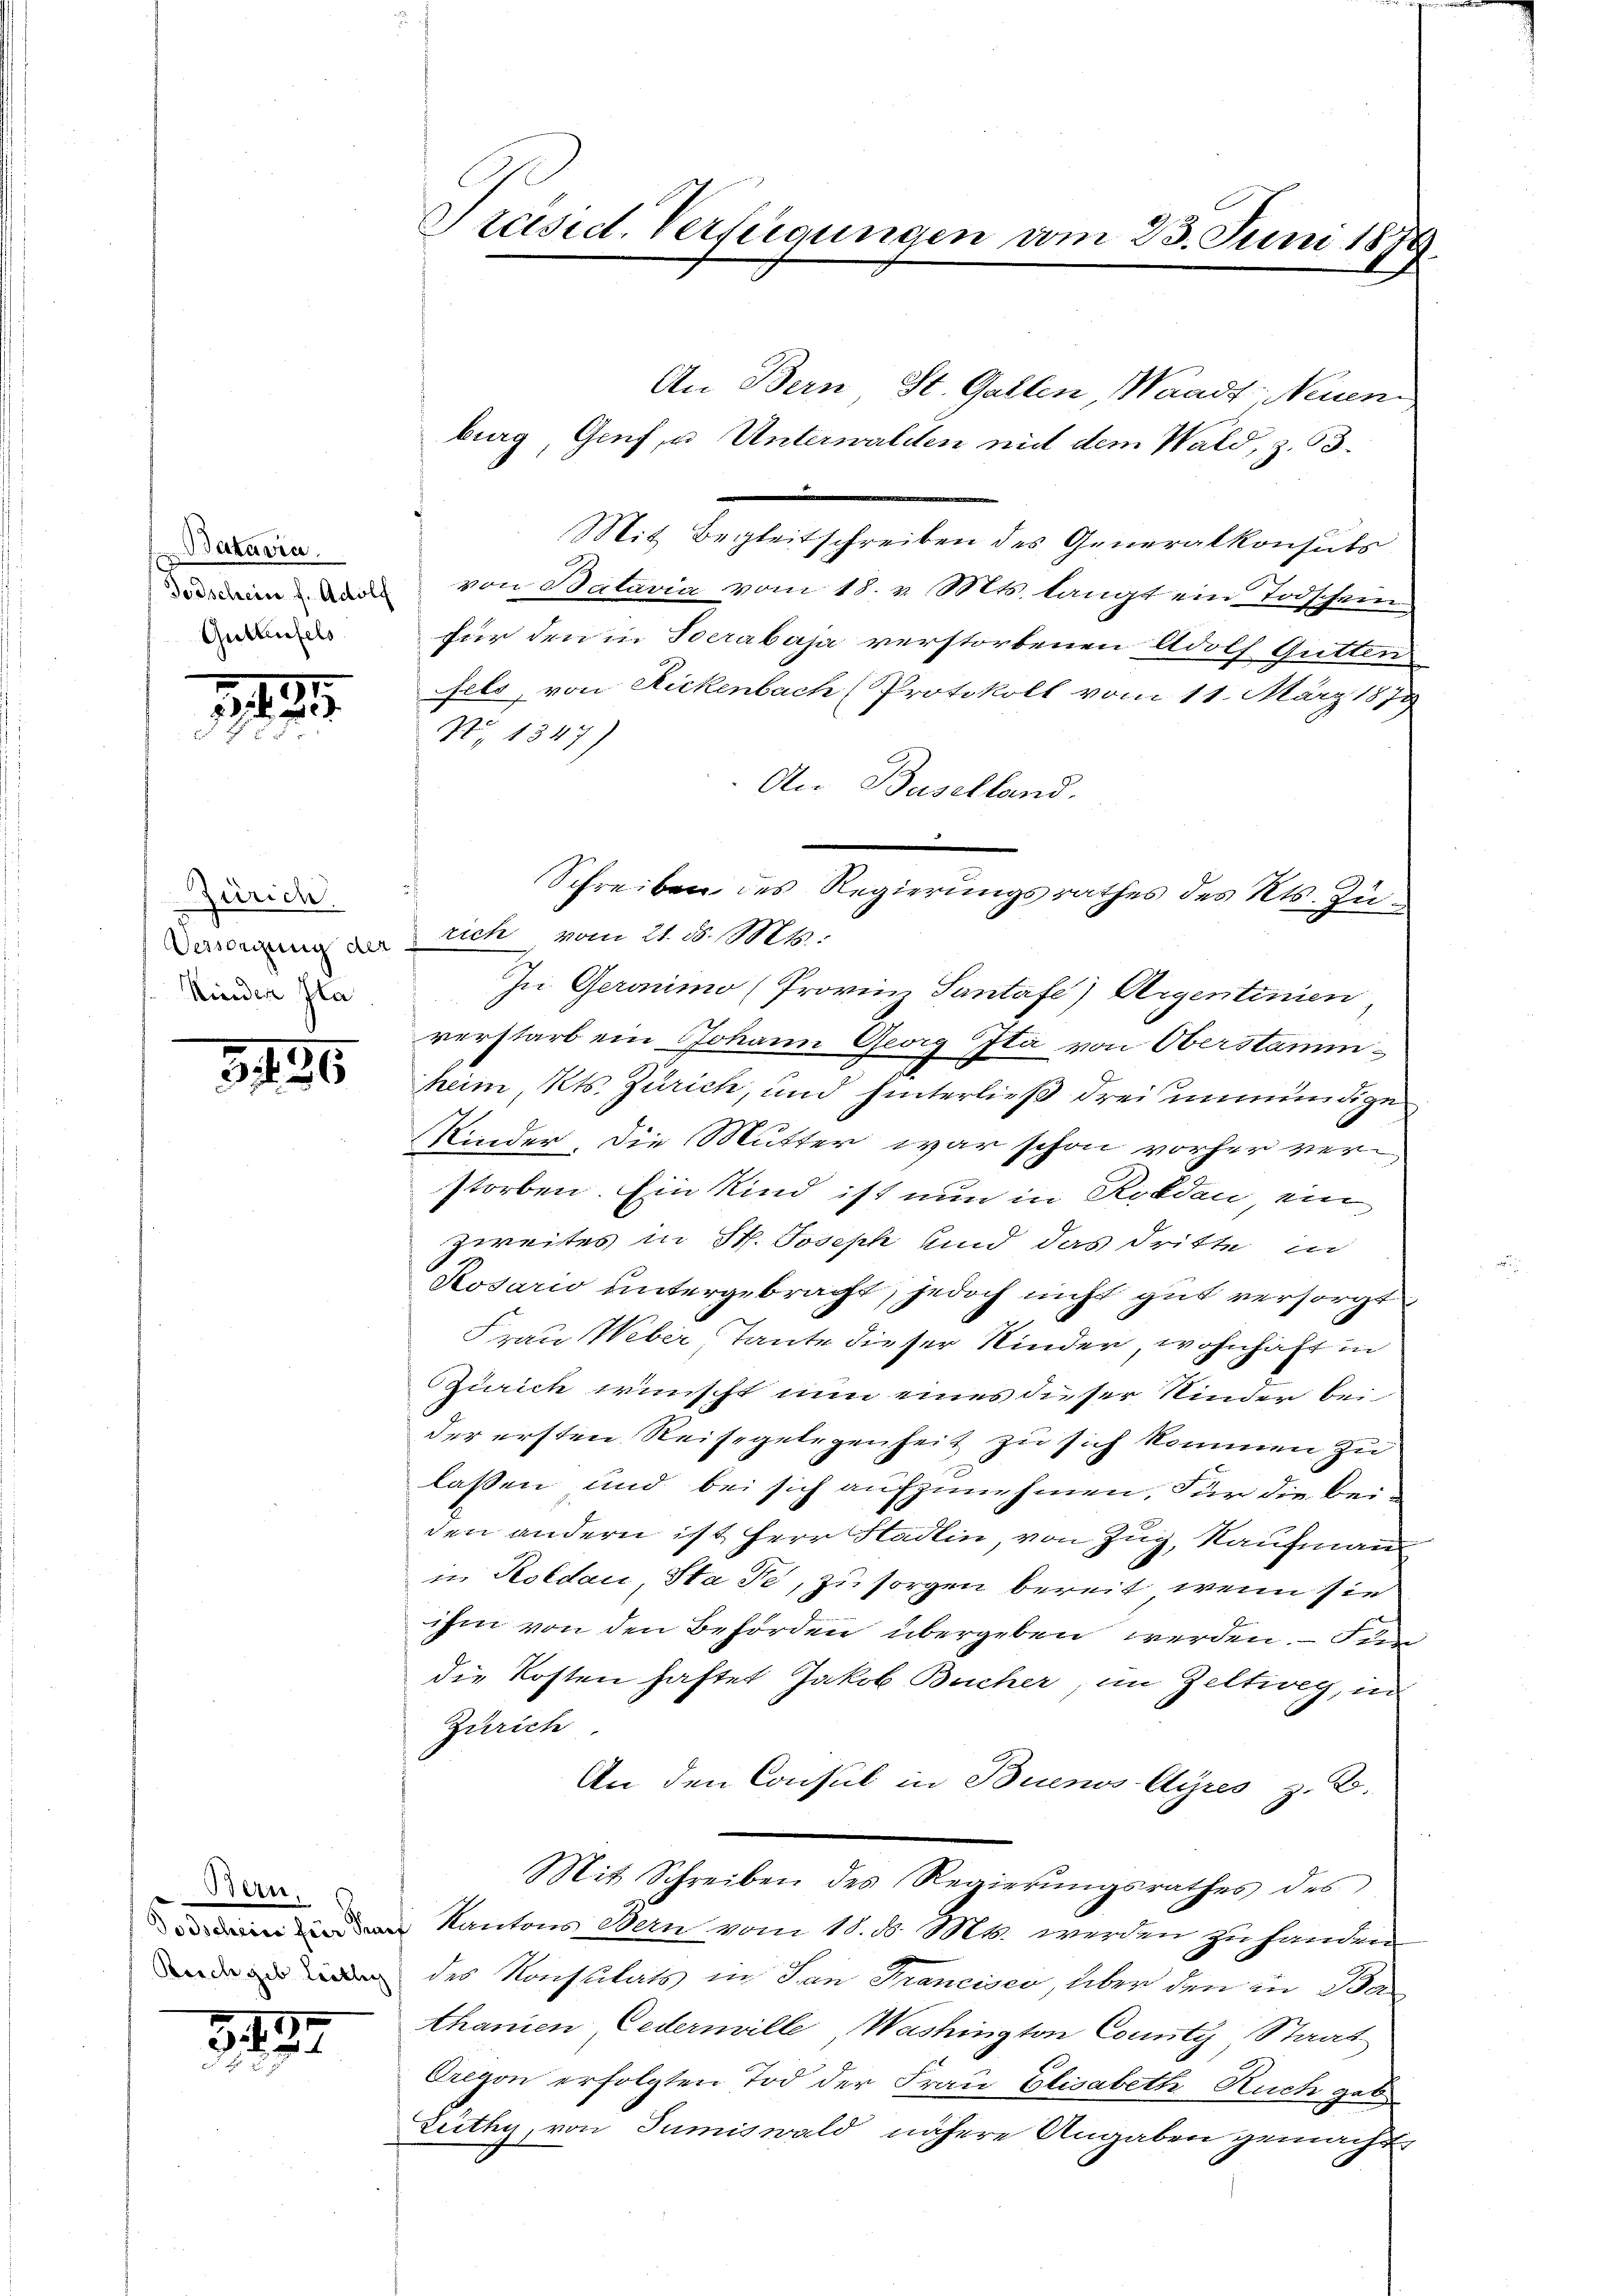
Batavia
Guttenfels

5

Zürich.
Kinder Gla

3. 496

Beier
Reichgeb Lieblich

3187

Präsid. Verfügungen vom 25. Juni 1879.

An Bern, St. Gallen, Waadt, Neuen
e
Mit Begleitschreiben des Generalkonsuts
.
n, von Bataria vom 18. v. Mts. langt ein Todschein-
für den in Socrabaja verstorbenen Adolf Gütten
fels, von Rickenbach Protokoll vom 11. März 1879
S. 1347)
An Baselland.
Dersendung der Stick, vom 21. d. 14.
In Geronimo (Provin Santafe) Aigentinien
verstarb ein Johann Georg Ita von Oberstammheim, Kts. Zürich, und hinterließ drei unmündige
Kinder, die Mutter war schon vorher verstorben. Ein Kind ist nun in Roldau, ein
Zweites in St. Joseph und das dritte in
Kosario untergebracht, jedoch nicht gut versorgt
Frau Weber Tante dieser Kinder, wohnhaft in
Zürich wünscht nun eines dieser Kinder bei
der ersten Reisegelegenheit zu sich kommen zu
lassen und bei sich aufzunehmen. Für die beiden andern ist Herr Stadlin, von Zug, Kaufmann
in Koldau, Sta Fe, zu sorgen bereit, wenn sie
ihm von den Behörden übergeben werden. Den
die Kosten haftet Jakob Bucher, im Zeltweg, in
Zürich
An den Consul in Buenos Ayres z. B.
Mit Schreiben des Regierŭngsrathes des
iindem Kantons Dein vom 18. d. Mts. werden zuhanden
des Konsulats in San Francisco, über den in Be
thanen Cedermille Washington Comit Staat
Gregon erfolgten Tod der Frau Elisabeth Ruch geb.
Lüthy, von Sumiswald nähere Angaben gemacht

burg, Genf, u. Unterwalden mit dem Wald, z. 53.

m
Schreiben des Regierungsrathes des Kts. Zu¬